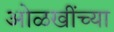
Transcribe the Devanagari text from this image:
ओळखींच्या